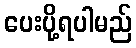
ပေးပို့ရပါမည်